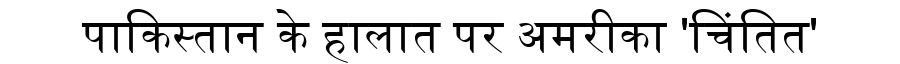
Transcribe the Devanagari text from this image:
पाकिस्तान के हालात पर अमरीका 'चिंतित'